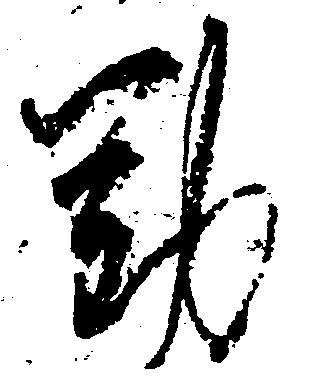
勤